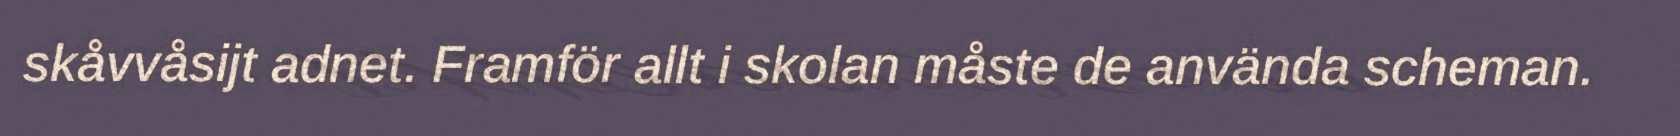
skåvvåsijt adnet. Framför allt i skolan måste de använda scheman.